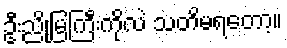
ဦးညိုမြကြီးကိုလဲ သတိမရတော့။